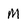
Character: M